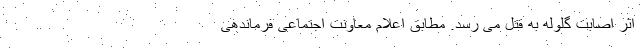
اثر اصابت گلوله به قتل می رسد. مطابق اعلام معاونت اجتماعی فرماندهی